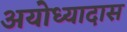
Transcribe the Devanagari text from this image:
अयोध्यादास